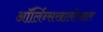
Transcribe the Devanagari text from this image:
ऑर्लिन्सखालोखाल